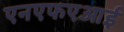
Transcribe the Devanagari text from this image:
एनएफएआई